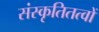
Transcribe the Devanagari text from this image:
संस्कृतितत्वों